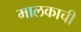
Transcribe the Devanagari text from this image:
मालकाची